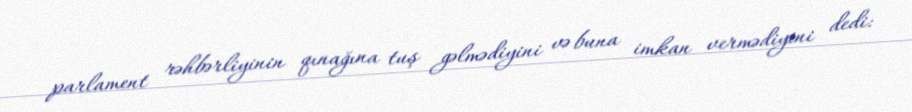
parlament rəhbərliyinin qınağına tuş gəlmədiyini və buna imkan vermədiyini dedi: